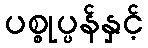
ပစ္စုပ္ပန်နှင့်